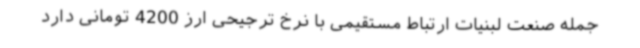
جمله صنعت لبنیات ارتباط مستقیمی با نرخ ترجیحی ارز 4200 تومانی دارد